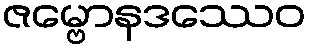
ဇမ္ဗောနဒဿေဝ